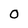
Character: 0